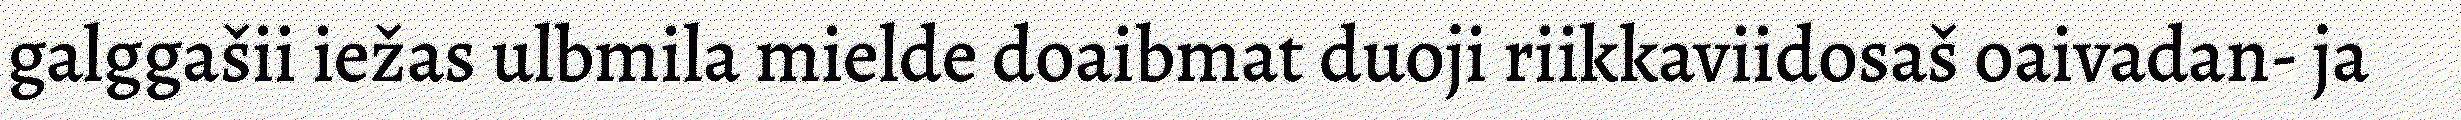
galggašii iežas ulbmila mielde doaibmat duoji riikkaviidosaš oaivadan- ja